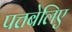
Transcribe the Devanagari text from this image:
पत्तबेलिए